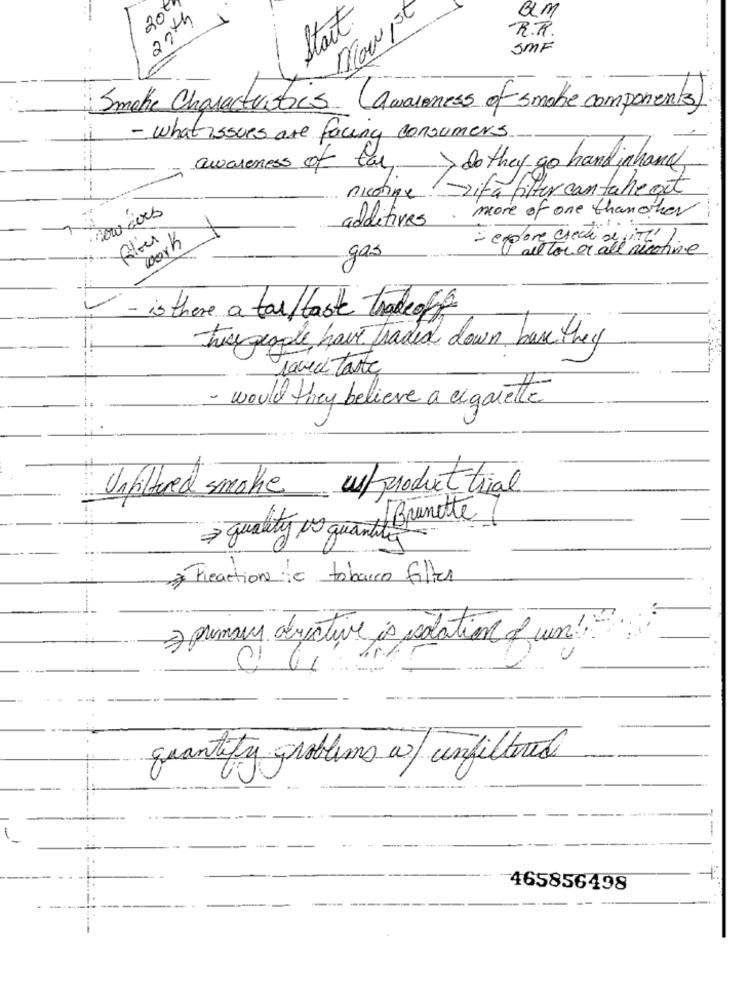
20€
am
27th
Start
---
R.R.
SMF
Smoke Characteristics (awareness of smoke components)
- what issues are facing consumers
awareness of tal
> do they go hand inhand
nicotine zifa filter con tale get
8
. more of one than other
1
additives
work
= efactor er all nicotine
one check digit
gas
- is there a tar/taste tradeof
twe people have traded down base they
raveci taste
- would they believe a cigarette
Unfiltered smoke ust producttrial
quality os quantit Brunette
* Freaction to tobacco filter
3 primary directive is solation fun !:
quantify problems a unfiltered
465856498